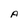
Character: A